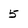
Character: 5